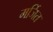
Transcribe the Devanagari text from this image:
मर्जित